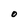
Character: O